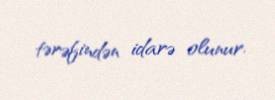
tərəfindən idarə olunur.